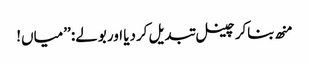
منھ بناکر چینل تبدیل کردیا اور بولے: ’’میاں!